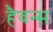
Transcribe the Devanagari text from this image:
हैवन्स